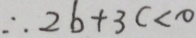
\therefore 2 b + 3 c < 0